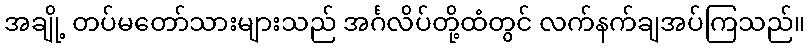
အချို့ တပ်မတော်သားများသည် အင်္ဂလိပ်တို့ထံတွင် လက်နက်ချအပ်ကြသည်။